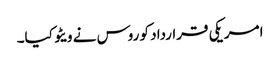
امریکی قرارداد کو روس نے ویٹو کیا۔